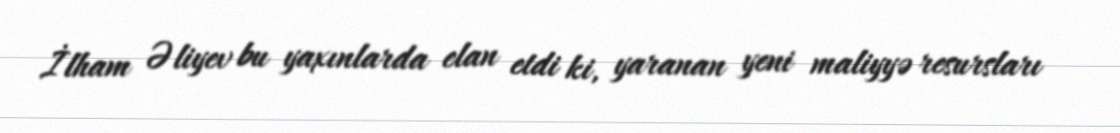
İlham Əliyev bu yaxınlarda elan etdi ki, yaranan yeni maliyyə resursları